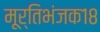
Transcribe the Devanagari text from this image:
मूर्तिभंजक१८